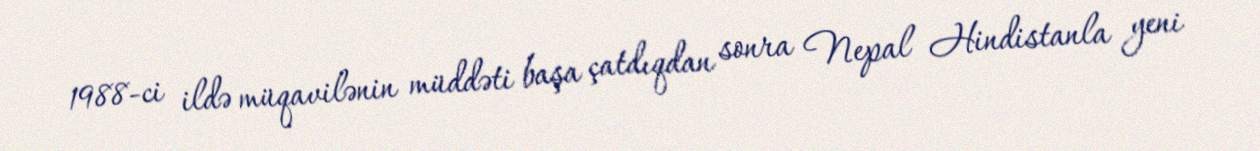
1988-ci ildə müqavilənin müddəti başa çatdıqdan sonra Nepal Hindistanla yeni